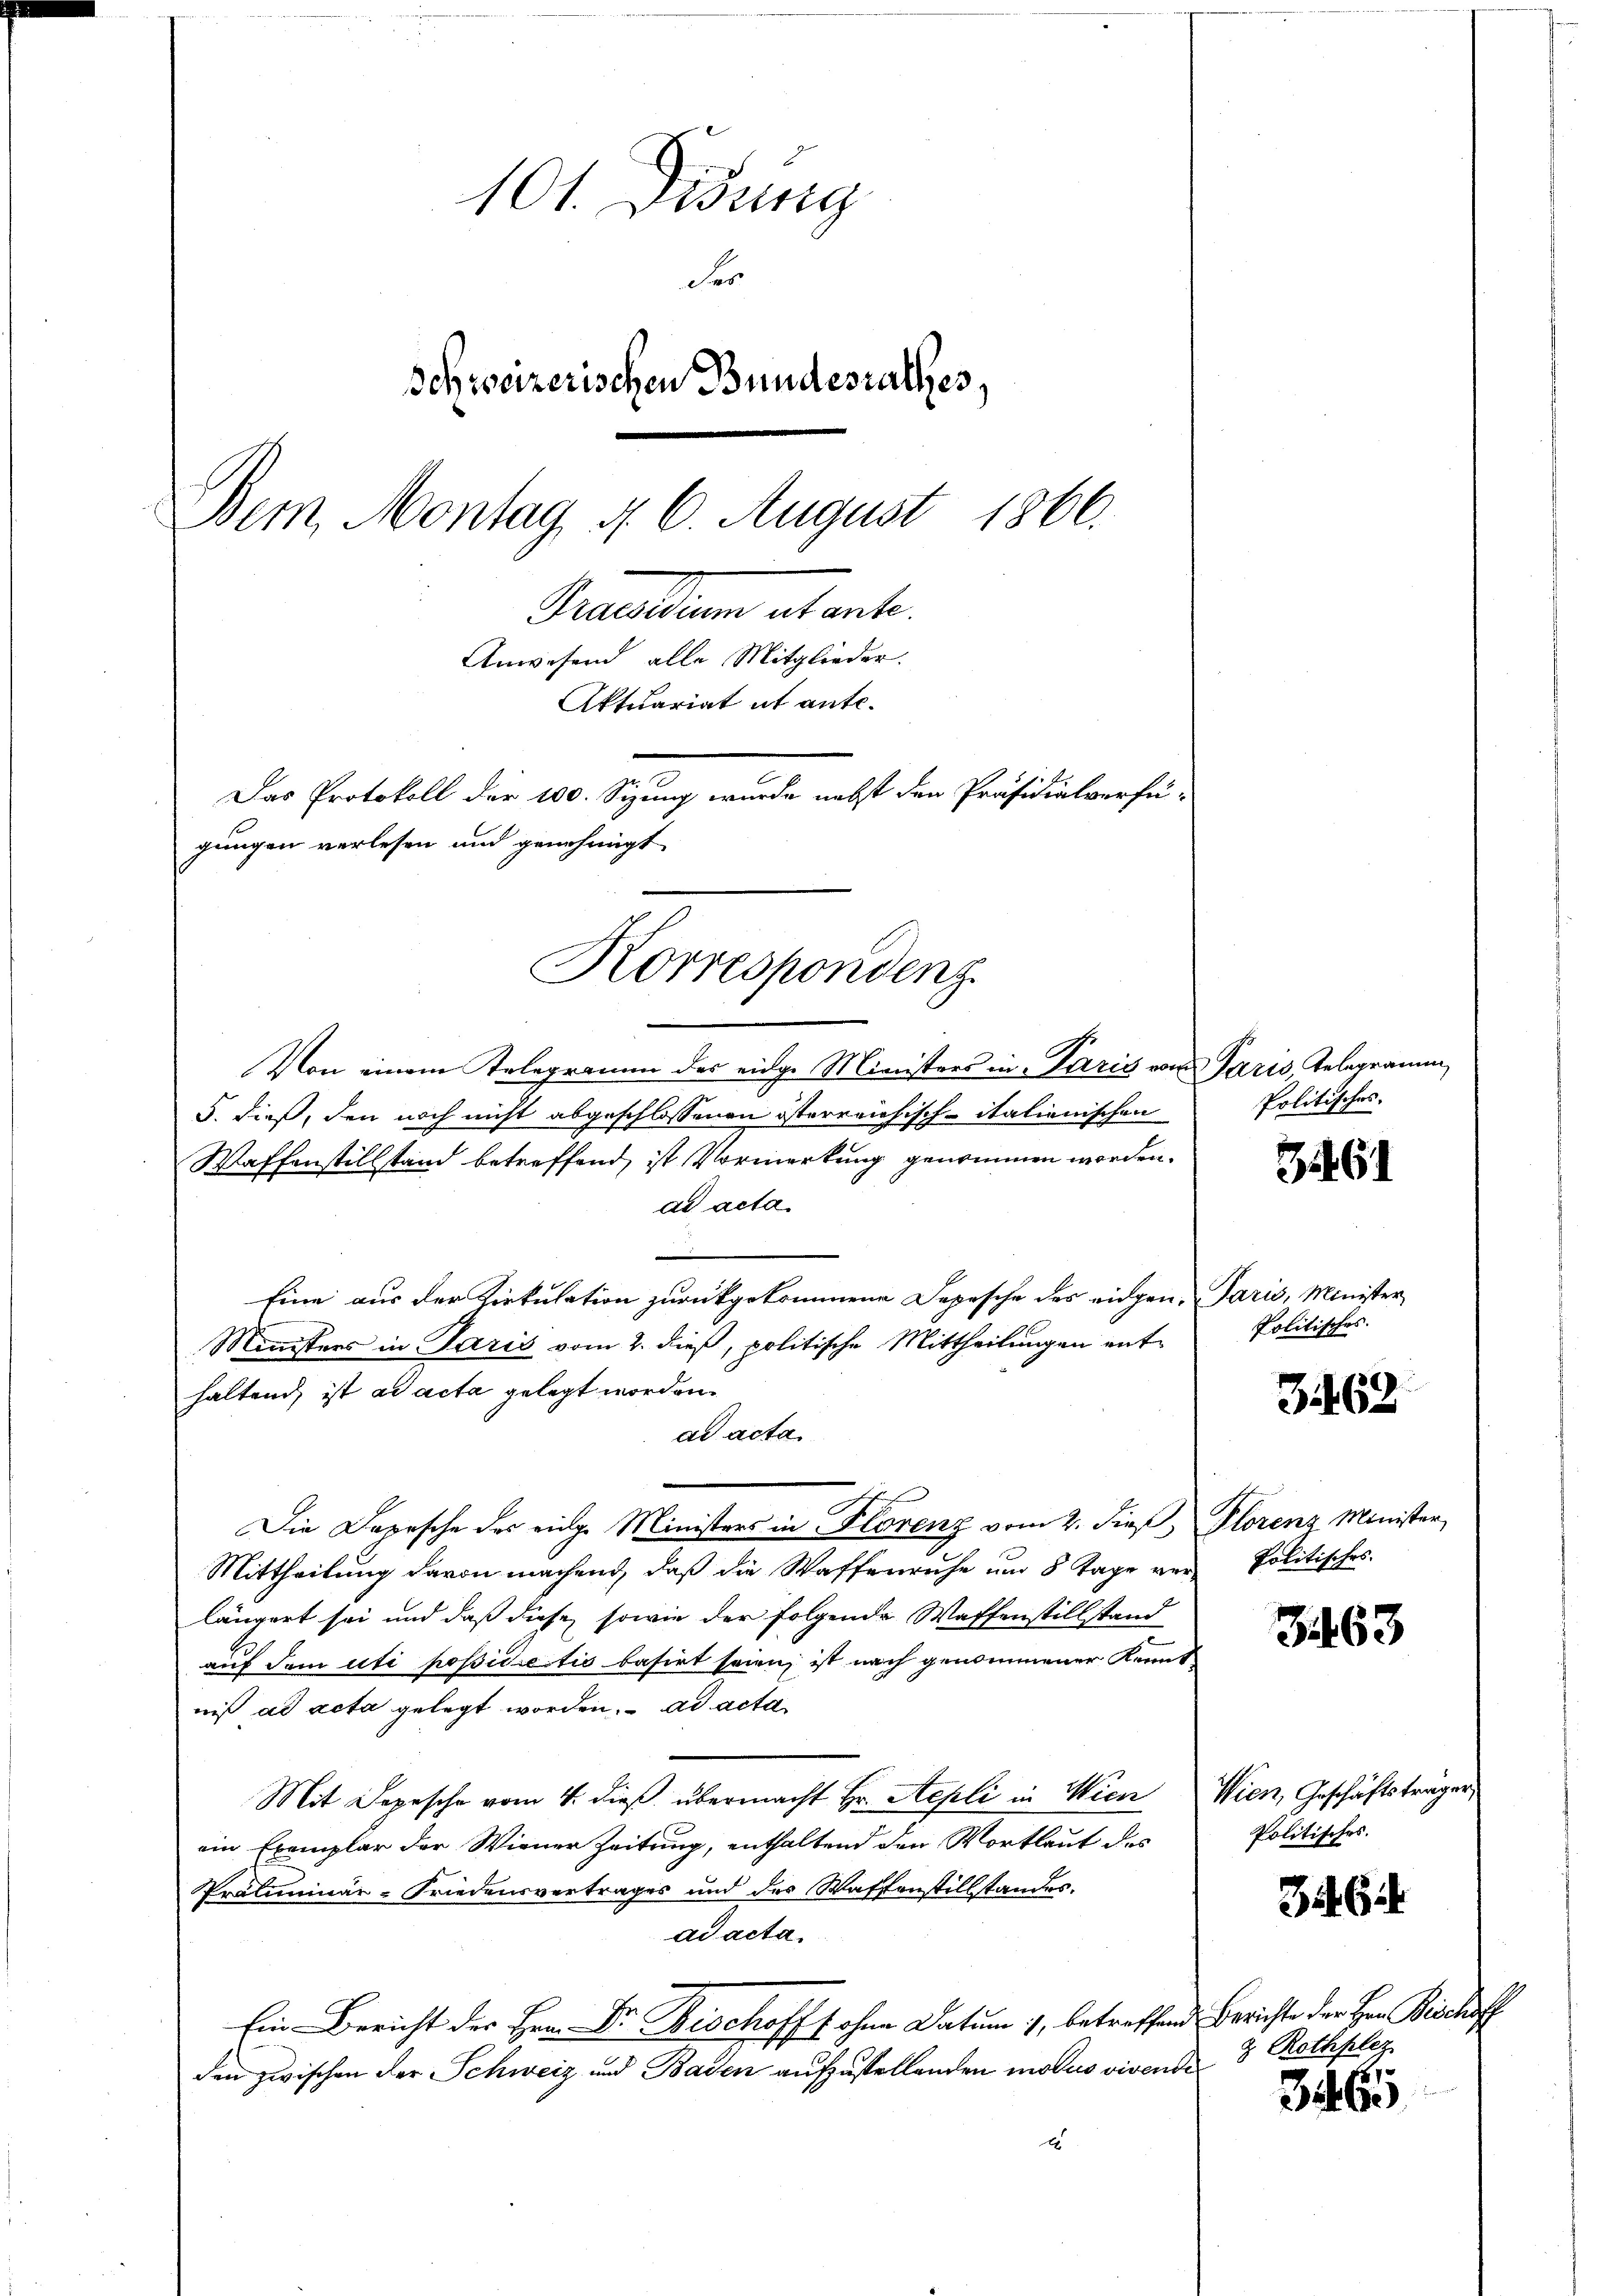
101. Didung
Fer
Schweizerischen Bundesrathes,
Bem Montag d. 6. August 1866.
Grandum actante.
Anwesend alle Mitglieder.
Aktuariat it ante.
Das Protokoll der 100. Sizung wurde nebst den Präsidialverfü-
gungen verlesen und genehmigt

Von einem Telegramm des eidge Ministers in Paris von
5. dieß, den noch nicht abgeschlossenen österreichisch-italienischen
Waffenstillstand betreffend, ist Vormerkung genommen worden.
ad acta
Eine aus der Zirkulation zurückgekommene Depesche des eidgen¬
Ministers in Paris vom 2. dieß, politische Mittheilungen enthaltend, ist ad acta gelegt worden.
ad acta
Die Depesche des eidge Ministers in Florenz vom 2. dieβ, Plorenz Minister
Mittheilung davon machend, daß die Waffenruhe um 8 Tage ver- Politisches
längert sei und daß diese sowie der folgende Waffenstillstand
auf dem uti possidentis basirt seien, ist nach genommener Kennt
niß ad acta gelegt worden. ad acta
Mit Depesche vom 4. dieß übermacht Hr. Sepli in Wien
ein Exemplar der Wiener Zeitung, enthaltend den Vortlaut des
Präliminar-Friedensvertrages und der Waffenstillstandes.
ad acta.
Ein Bericht der Hrn. Dr. Bischofft ohne Datum 1, betreffend Berichte der Her Bischoff
den zwischen der Schweiz und Baden aufzustellenden modus vivende 8 Rothplez
A

Korrespondenz.

Paris, Telegramm
Politisches.

361

Paris, Minister,
Politisches

3462

3463

Wien, Geschäftsträger
Politisches.

Zu Gu

.

346.